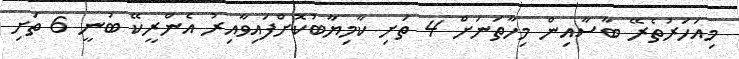
މިއަހަރުތެރޭ ބާސާއިން މިހާތަނަށް 4 ތަށި ކާމިޔާބުކޮށްފައިވާއިރު އެންރީކޭ ބުނީ 6 ތަށި